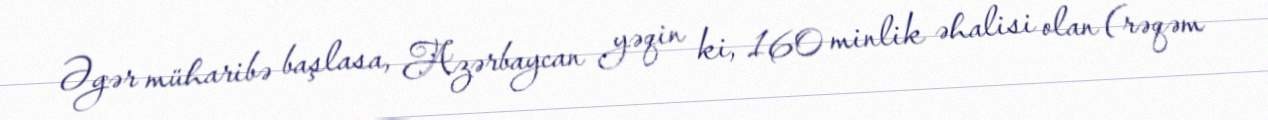
Əgər müharibə başlasa, Azərbaycan yəqin ki, 160 minlik əhalisi olan (rəqəm